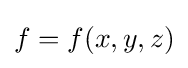
f=f(x,y,z)